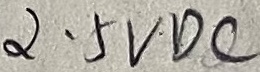
Text: 2.5VDC